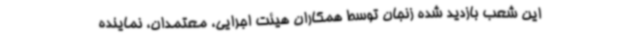
این شعب بازدید شده زنجان توسط همکاران هیئت اجرایی، معتمدان، نماینده